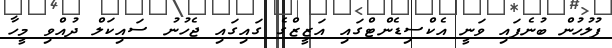
ފުލުހުން ބުނެފައި ވަނީ އެކްސިޑެންޓްގައި އަޒީޒްގެ ގައިގައި ޖެހުނު ސައިކަލް ދުއްވި މީހާ